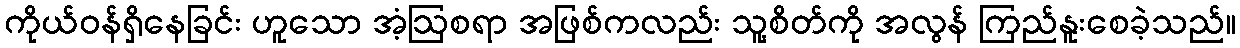
ကိုယ်ဝန်ရှိနေခြင်း ဟူသော အံ့ဩစရာ အဖြစ်ကလည်း သူ့စိတ်ကို အလွန် ကြည်နူးစေခဲ့သည်။